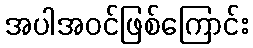
အပါအဝင်ဖြစ်ကြောင်း